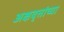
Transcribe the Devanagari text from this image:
अक्षवृत्तांच्या